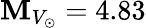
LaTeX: \mathbf{M}_{V_{\odot}}=4.83